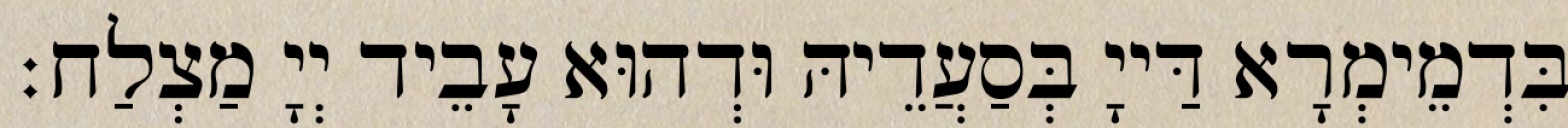
בִּדְמֵימְרָא דַּייָ בְּסַעֲדֵיהּ וּדְהוּא עָבֵיד יְיָ מַצְלַח׃